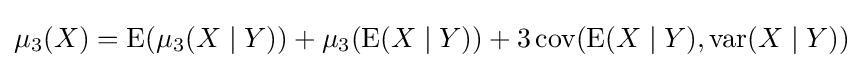
\mu _{3}(X)=\operatorname {E} (\mu _{3}(X\mid Y))+\mu _{3}(\operatorname {E} (X\mid Y))+3\operatorname {cov} (\operatorname {E} (X\mid Y),\operatorname {var} (X\mid Y))